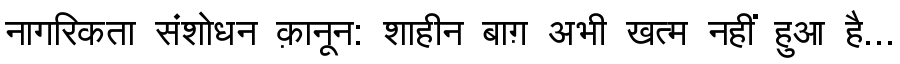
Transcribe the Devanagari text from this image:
नागरिकता संशोधन क़ानून: शाहीन बाग़ अभी खत्म नहीं हुआ है...